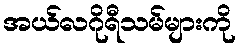
အယ်လဂိုရီသမ်များကို